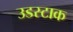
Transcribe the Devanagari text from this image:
उडस्टाक